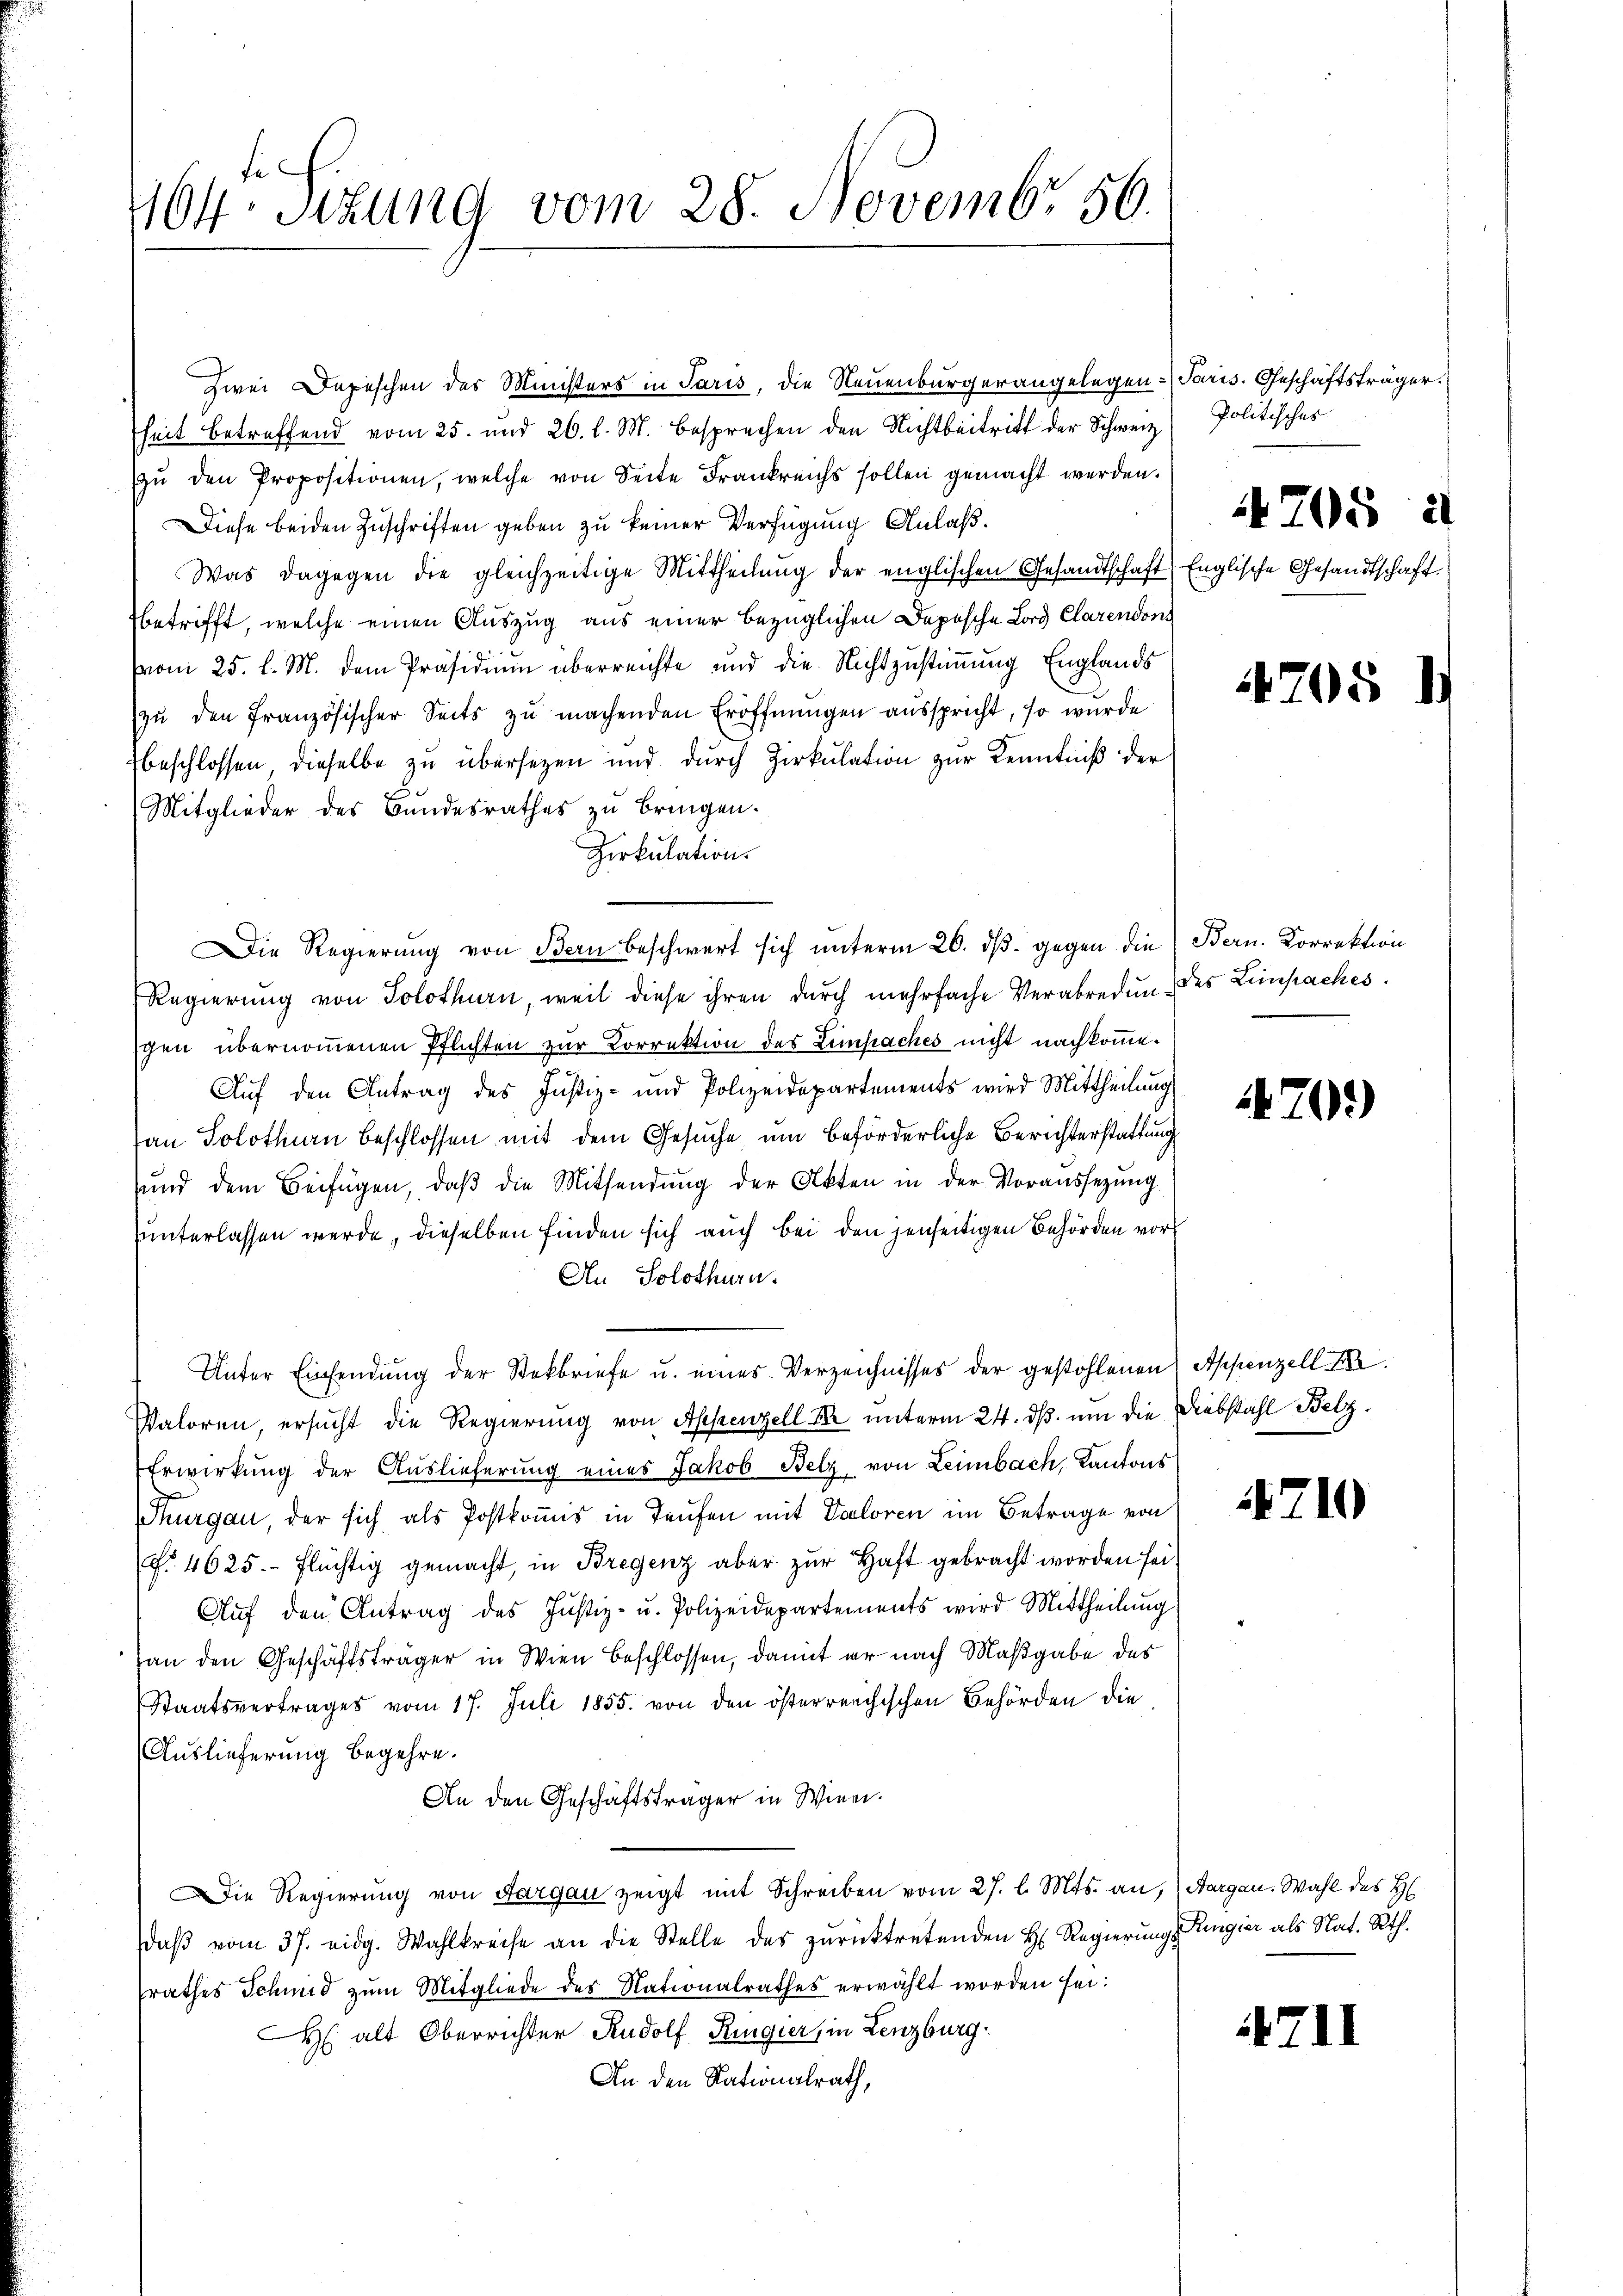
464 Sizung vom 28. Novembr. 56.

heit betreffend vom 25. und 26. l. M. besprechen den Nichtbeitritt der Schweiz
zŭ den Propositionen, welche von Seite Frankreichs sollen gemacht werden.
Diese beiden Zuschriften geben zu keiner Verfügung Anlaß.
Was dagegen die gleichzeitige Mittheilŭng der englischen Gesandtschaft Englische Gesandtschaft.
betrifft, welche einen Auszug aus einer bezüglichen Depesche Lord Clarendons
vom 25. l. M. dem Präsidium überreichte und die Nichtzustimmung Englands
zŭ den Französischer Seits zu machenden Eröffnungen ausspricht, so wurde
beschlossen, dieselbe zu übersetzen und durch Zirkŭlation zŭr Kenntniß der
Mitglieder des Bundesrathes zu bringen.
Zirkulation.
Regierung von Solothurn, weil diese ihren durch mehrfache Verabredung des Limpaches.
gen übernommenen Pflichten zur Correktion des Lempaches nicht nachkomme.
Auf den Antrag des Justiz- und Polizeidepartements wird Mittheilung
an Solothurn beschlossen mit dem Gesuche um beförderliche Berichterstattung
sŭnd dem Beifügen, daβ die Mittendŭng der Akten in der Voraussezung
unterlassen werde, dieselben finden sich auch bei den jenseitigen Behörden vor
An Solothurn.
Unter Einsendung der Steckbriefe u. eines Verzeichnisses der gestohlenen Appenzell A.
Valoren, ersucht die Regierung von Appenzell M. unterm 24. ds. um die Diebstahl Belz.
Erwirkung der Auslieferung eines Jakob Belz, von Leimbach, Kantons
Thurgau, der sich als Postkommis in Taufen mit Verloren im Betrage von
No. 4625.- flüchtig gemacht, in Bregenz aber zur Haft gebracht worden sei,
Aŭf den Antrag des Justiz- u. Polizeidepartements wird Mittheilŭng
van den Geschäftsträger in Wien beschlossen, damit er nach Maßgabe des
Staatsvertrages vom 17. Juli 1855 von den österreichischen Behörden die
Auslieferung begehre.
An den Geschäftsträger in Wien.
Die Regierung von Aargau zeigt mit Schreiben vom 27. l. Mts. an, Aargau. Wahl des H
daβ vom 37. eidg. Wahlkreise an die Stelle des zurücktretenden H. Regierungs Rangier als Nat. Rth.
rathes Schmid zum Mitgliede des Nationalrathes erwählt worden sei:
s alt Oberrichter Rudolf Ringier, in Lenzburg:
An den Nationalrath,

Zwei Depeschen des Ministers in Paris, die Neuenburgerangelegen Paris. Geschäftsträger

Die Regierŭng von Bern beschwert sich ŭnterm 26. dβ. gegen die Bern. Korrektion

Politisches

4705 u

705

70.)

4710

4711

1